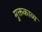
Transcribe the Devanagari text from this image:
मुक्तकाव्य